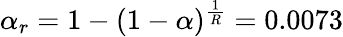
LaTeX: \alpha_{r}=1-(1-\alpha)^{\frac{1}{R}}=0.0073